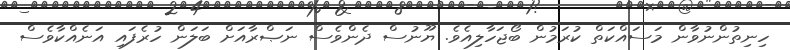
ހިނިތުންނުވާން މަސައްކަތް ކުރަމުން ބޯޖަހާލިއެވެ. ޔޫނުސް ދެންވެސް ނަޞްރާއަށް ބަލަން ހުރެފައި އަނެއްކާވެސް